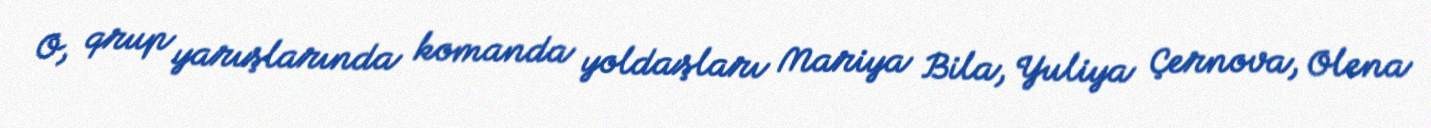
O, qrup yarışlarında komanda yoldaşları Mariya Bila, Yuliya Çernova, Olena